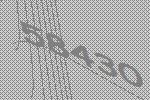
58430